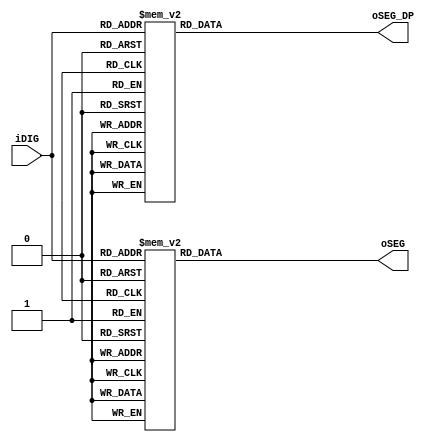
module SEG7_LUT	(	oSEG,oSEG_DP,iDIG	);
input	[3:0]	iDIG;
output	[6:0]	oSEG;
output			oSEG_DP;
reg		[6:0]	oSEG;
reg				oSEG_DP;

always begin
		case(iDIG)
		4'h1: oSEG = 7'b1111001;	// ---t----
		4'h2: oSEG = 7'b0100100; 	// |	  |
		4'h3: oSEG = 7'b0110000; 	// lt	 rt
		4'h4: oSEG = 7'b0011001; 	// |	  |
		4'h5: oSEG = 7'b0010010; 	// ---m----
		4'h6: oSEG = 7'b0000010; 	// |	  |
		4'h7: oSEG = 7'b1111000; 	// lb	 rb
		4'h8: oSEG = 7'b0000000; 	// |	  |
		4'h9: oSEG = 7'b0011000; 	// ---b----
		4'ha: oSEG = 7'b0001000;
		4'hb: oSEG = 7'b0000011;
		4'hc: oSEG = 7'b1000110;
		4'hd: oSEG = 7'b0100001;
		4'he: oSEG = 7'b0000110;
		4'hf: oSEG = 7'b0001110;
		4'h0: oSEG = 7'b1000000;
		endcase
end

always begin
		case(iDIG)
		4'h1: oSEG_DP = 1'b0;
		4'h2: oSEG_DP = 1'b1;
		4'h3: oSEG_DP = 1'b0;
		4'h4: oSEG_DP = 1'b1;
		4'h5: oSEG_DP = 1'b0;
		4'h6: oSEG_DP = 1'b1;
		4'h7: oSEG_DP = 1'b0;
		4'h8: oSEG_DP = 1'b1;
		4'h9: oSEG_DP = 1'b0;
		4'ha: oSEG_DP = 1'b1;
		4'hb: oSEG_DP = 1'b0;
		4'hc: oSEG_DP = 1'b1;
		4'hd: oSEG_DP = 1'b0;
		4'he: oSEG_DP = 1'b1;
		4'hf: oSEG_DP = 1'b0;
		4'h0: oSEG_DP = 1'b1;
		endcase
end
endmodule